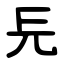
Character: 㒫